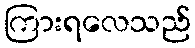
ကြားရလေသည်